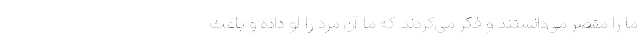
ما را مقصر می‌دانستند و فکر می‌کردند که ما آن مرد را لو داده‌ و باعث